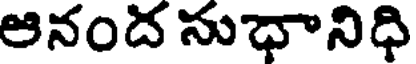
ఆనంద సుధానిధి